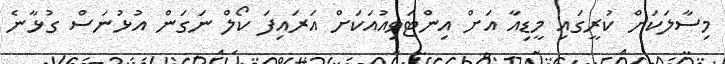
މިސާލަކަށް ކުރީގައި މީޑިއާ އަށް އިންޓަވިއުއަކަށް އަރައިފަ ކޯލް ނަގަން އުޅުނަސް ގުޅާނެ